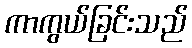
ကာကွယ်ခြင်းသည်